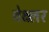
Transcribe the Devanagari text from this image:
वेक्ष्लर